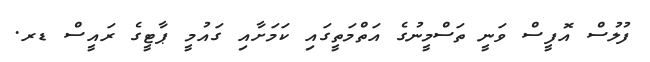
ފުލުސް އޮފީސް ވަނީ ތަސްމީނުގެ އަތްމަތީގައި ކަމަށާއި ގައުމީ ޕާޓީގެ ރައީސް ޑރ.